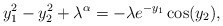
\begin{align*} y^2_1 - y^2_2 + \lambda^\alpha = - \lambda e^{-y_1} \cos (y_2), \end{align*}